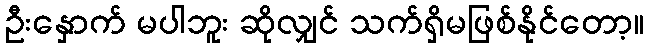
ဦးနှောက် မပါဘူး ဆိုလျှင် သက်ရှိမဖြစ်နိုင်တော့။